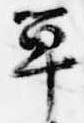
單